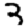
Digit: 3